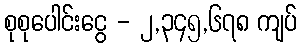
စုစုပေါင်းငွေ - ၂,၃၄၅,၆၇၈ ကျပ်